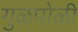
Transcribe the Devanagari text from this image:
गुळपोळी